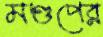
মণ্ডপের